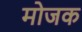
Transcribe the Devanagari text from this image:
मोजक